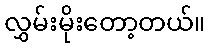
လွှမ်းမိုးတော့တယ်။